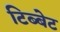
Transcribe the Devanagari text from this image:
टिब्बेट